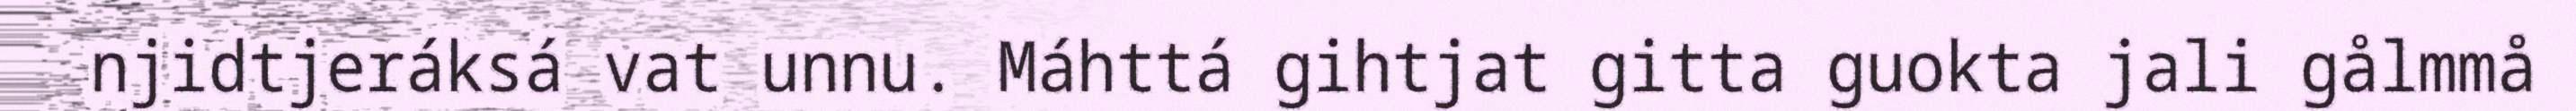
njidtjeráksá vat unnu. Máhttá gihtjat gitta guokta jali gålmmå